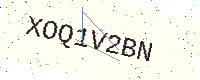
Text: XOQ1V2BN